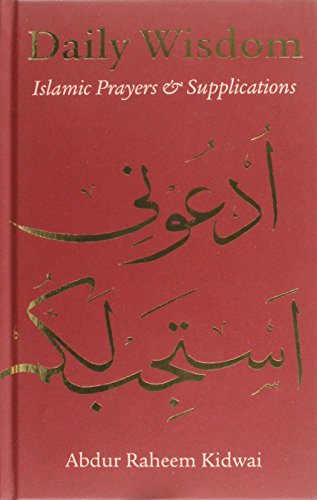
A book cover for Daily Wisdom: Islamic Prayers and Supplications (Arabic Edition); Religion & Spirituality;